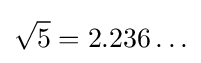
{\sqrt {5}}=2.236\ldots